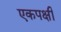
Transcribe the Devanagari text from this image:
एकपक्षी